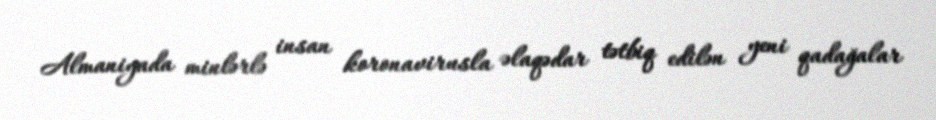
Almaniyada minlərlə insan koronavirusla əlaqədar tətbiq edilən yeni qadağalar